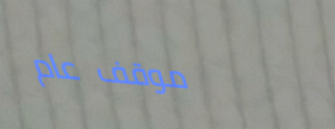
موقف عام